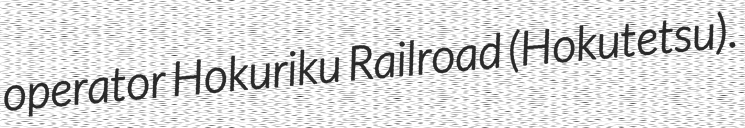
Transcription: operator Hokuriku Railroad (Hokutetsu).